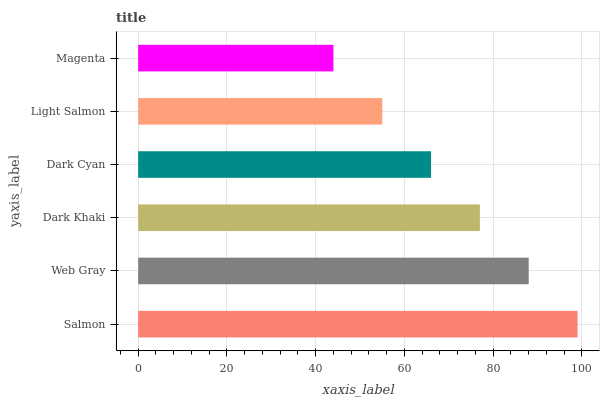
| yaxis_label | bars |
 | --- | --- |
 | Salmon | 99 |
 | Web Gray | 88 |
 | Dark Khaki | 77 |
 | Dark Cyan | 66 |
 | Light Salmon | 55 |
 | Magenta | 44 |